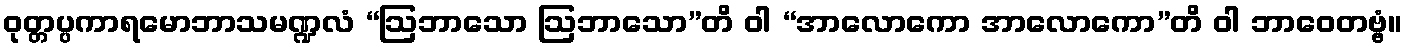
ဝုတ္တပ္ပကာရမောဘာသမဏ္ဍလံ “ဩဘာသော ဩဘာသော”တိ ဝါ “အာလောကော အာလောကော”တိ ဝါ ဘာဝေတဗ္ဗံ။